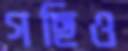
গছিও